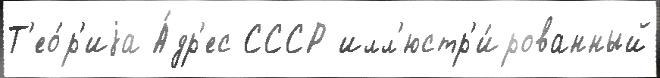
Т'ео́р'иjа А́др'ес СССР илл'юстр'и́рованный